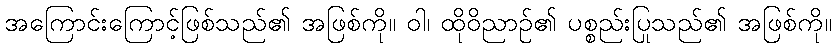
အကြောင်းကြောင့်ဖြစ်သည်၏ အဖြစ်ကို။ ဝါ၊ ထိုဝိညာဉ်၏ ပစ္စည်းပြုသည်၏ အဖြစ်ကို။